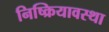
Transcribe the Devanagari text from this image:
निष्क्रियावस्था